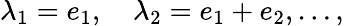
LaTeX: \lambda_{1}=e_{1},\quad\lambda_{2}=e_{1}+e_{2},\ldots,